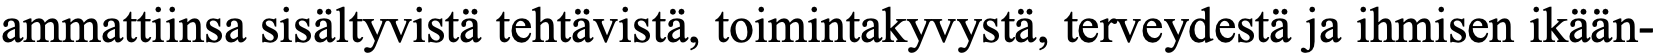
ammattiinsa sisältyvistä tehtävistä, toimintakyvystä, terveydestä ja ihmisen ikään-